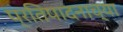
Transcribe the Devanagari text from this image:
प्रतिपादनाच्या